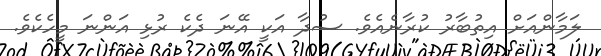
ލަމާންއަށް އިތުބާރު ކުރާނެއެވެ. ސުދާ އަކީ އޭނަ ދެކެ ރުޅި އަންނަ މީހެކެވެ.